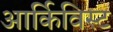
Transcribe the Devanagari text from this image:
आर्किविस्ट